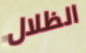
الظلال